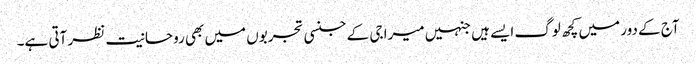
آج کے دور میں کچھ لوگ ایسے ہیں جنہیں میرا جی کے جنسی تجربوں میں بھی روحانیت نظر آتی ہے۔